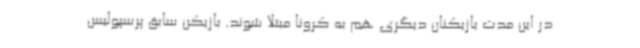
در این مدت بازیکنان دیگری هم به کرونا مبتلا شوند. بازیکن سابق پرسپولیس